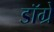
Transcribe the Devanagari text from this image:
डॉग्रे